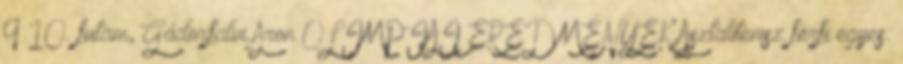
9–10. futam, Gádorfalvi Áron OLIMPIAI EREDMÉNYEK Asztalitenisz férfi egyes: